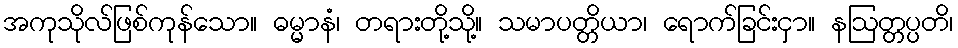
အကုသိုလ်ဖြစ်ကုန်သော။ ဓမ္မာနံ၊ တရားတို့သို့။ သမာပတ္တိယာ၊ ရောက်ခြင်းငှာ။ နဩတ္တပ္ပတိ၊